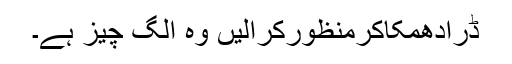
ڈرادھمکاکرمنظورکرالیں وہ الگ چیز ہے۔